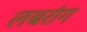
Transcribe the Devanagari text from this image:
लबरांग